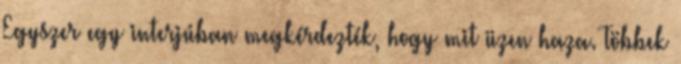
Egyszer egy interjúban megkérdezték, hogy mit üzen haza. Többek